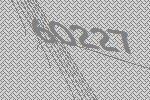
60227